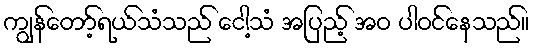
ကျွန်တော့်ရယ်သံသည် ငေါ့သံ အပြည့် အဝ ပါဝင်နေသည်။